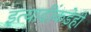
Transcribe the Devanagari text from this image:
इत्यादींकडेही